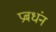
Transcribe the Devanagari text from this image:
प्रबधंन